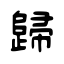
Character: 歸